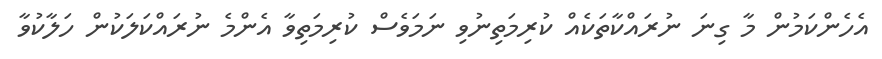
އެހެންކަމުން މާ ގިނަ ނުރައްކާތަކެއް ކުރިމަތިނުވި ނަމަވެސް ކުރިމަތިވާ އެންމެ ނުރައްކަލަކުން ހަލާކުވާ